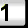
Digit: 1